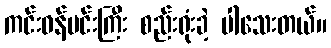
ကင်းဝန်မင်းကြီး စည်းရုံးခဲ့ ပါသေးတယ်။